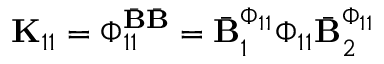
\mathbf { K } _ { 1 1 } = \boldsymbol { \Phi } _ { 1 1 } ^ { \bar { \mathbf { B } } \bar { \mathbf { B } } } = \bar { \mathbf { B } } _ { 1 } ^ { \boldsymbol { \Phi } _ { 1 1 } } \boldsymbol { \Phi } _ { 1 1 } \bar { \mathbf { B } } _ { 2 } ^ { \boldsymbol { \Phi } _ { 1 1 } }